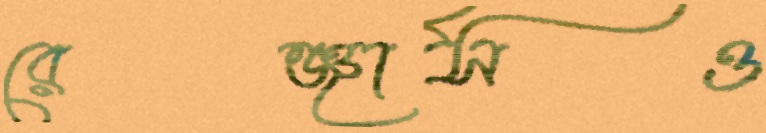
রেঞ্জার্সও